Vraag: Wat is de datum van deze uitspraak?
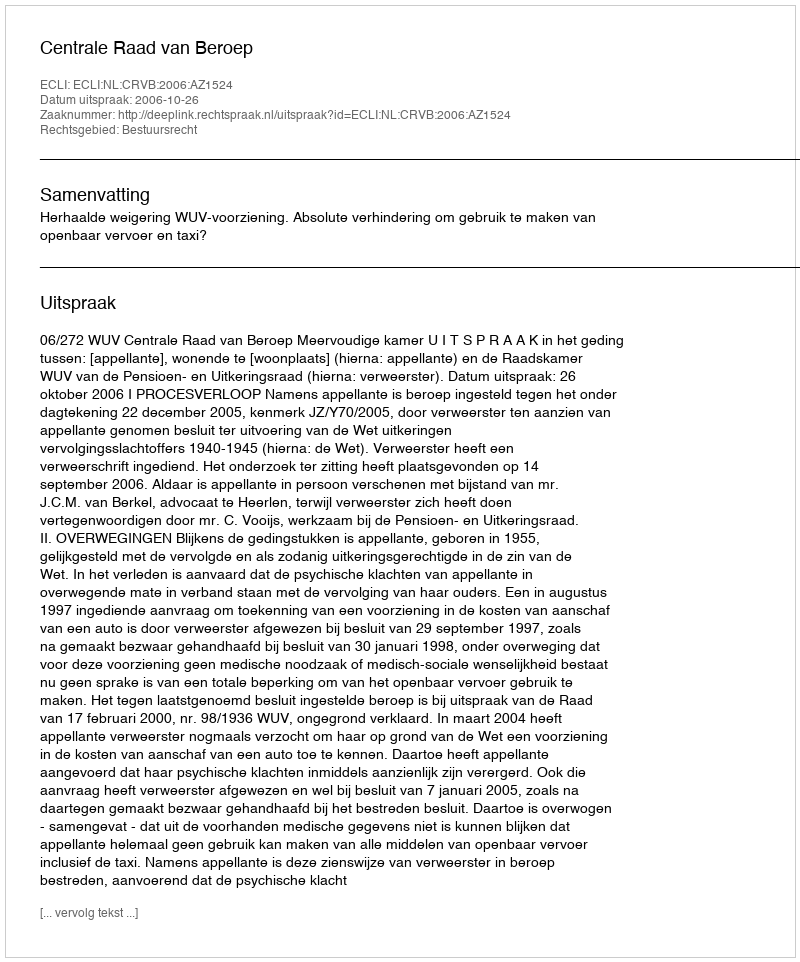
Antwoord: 2006-10-26